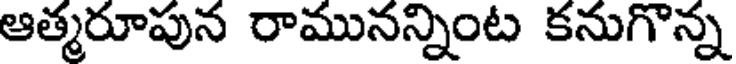
ఆత్మరూపున రామునన్నింట కనుగొన్న